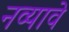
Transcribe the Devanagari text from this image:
नव्यावे